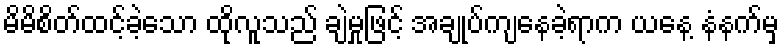
မိမိစိတ်ထင့်ခဲ့သော ထိုလူသည် ချဲမှုဖြင့် အချုပ်ကျနေခဲ့ရာက ယနေ့ နံနက်မှ